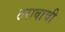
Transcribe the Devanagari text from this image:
ठरावाची